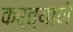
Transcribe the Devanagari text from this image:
कर्त्यानें